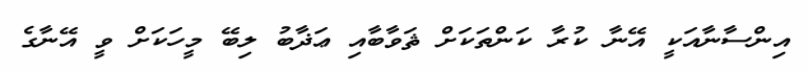
އިންސާނާއަކީ އޭނާ ކުރާ ކަންތަކަށް ޘަވާބާއި ޢަޛާބު ލިބޭ މީހަކަށް ވީ އޭނާގެ